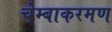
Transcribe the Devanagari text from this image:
चेम्बाकरमण